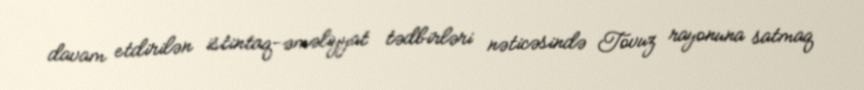
davam etdirilən istintaq-əməliyyat tədbirləri nəticəsində Tovuz rayonuna satmaq